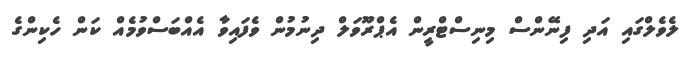
ލެވެލްގައި އަދި ފިނޭންސް މިނިސްޓްރީން އެޕްރޫވަލް ދިނުމުން ވެފައިވާ އެއްބަސްވުމެއް ކަން ހެކިންގެ